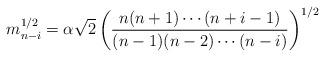
LaTeX: \begin{align*}m_{n-i}^{1/2} = \alpha \sqrt{2} \left( \frac{n(n+1)\cdots(n+i-1)}{(n-1)(n-2) \cdots (n-i)} \right)^{1/2} \end{align*}